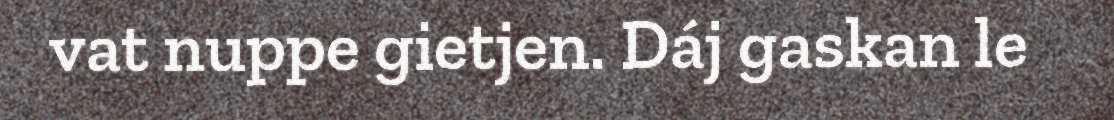
vat nuppe gietjen. Dáj gaskan le